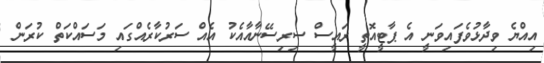
އިއްޔެ ވިދާޅުވެފައިވަނީ އެ ޕާޓީއޮތީ ރައީސް ސިރިސޭނާއާއެކު އެއް ސަރުކާރެއްގައި މަސައްކަތް ކުރަން